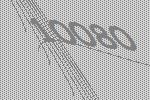
10080